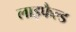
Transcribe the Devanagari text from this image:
लाइफैल्ड